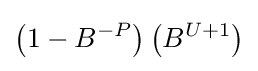
\left(1-B^{-P}\right)\left(B^{U+1}\right)